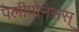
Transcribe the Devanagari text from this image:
पेलीपोनेसस्‌